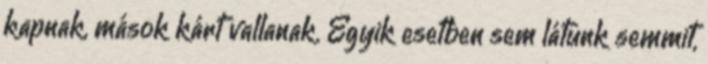
kapnak, mások kárt vallanak. Egyik esetben sem látunk semmit,